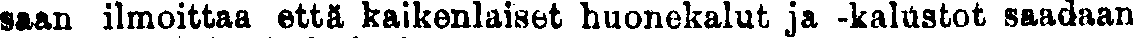
saan ilmoittaa että kaikenlaiset huonekalut ja -kalustot saadaan